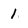
Character: 1